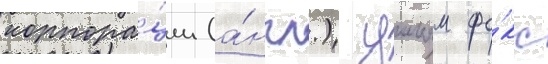
корпора́ции (а́нгл.) уильям фо́кс